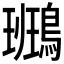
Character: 𪄕